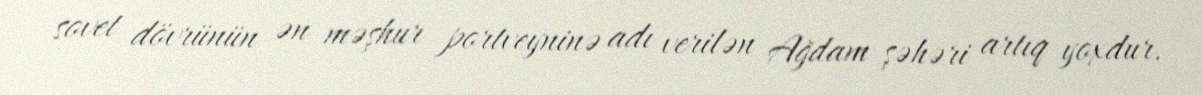
sovet dövrünün ən məşhur portveyninə adı verilən Ağdam şəhəri artıq yoxdur.